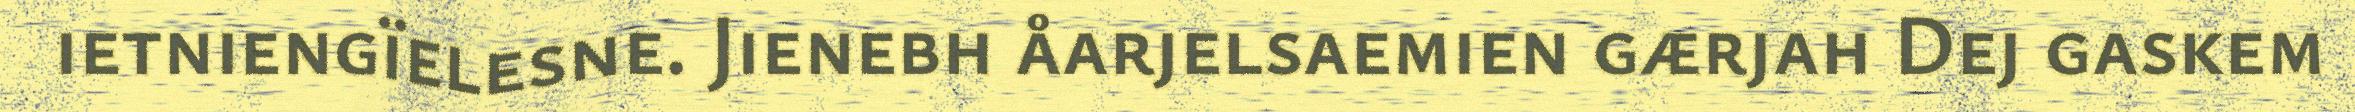
ietniengïelesne. Jienebh åarjelsaemien gærjah Dej gaskem